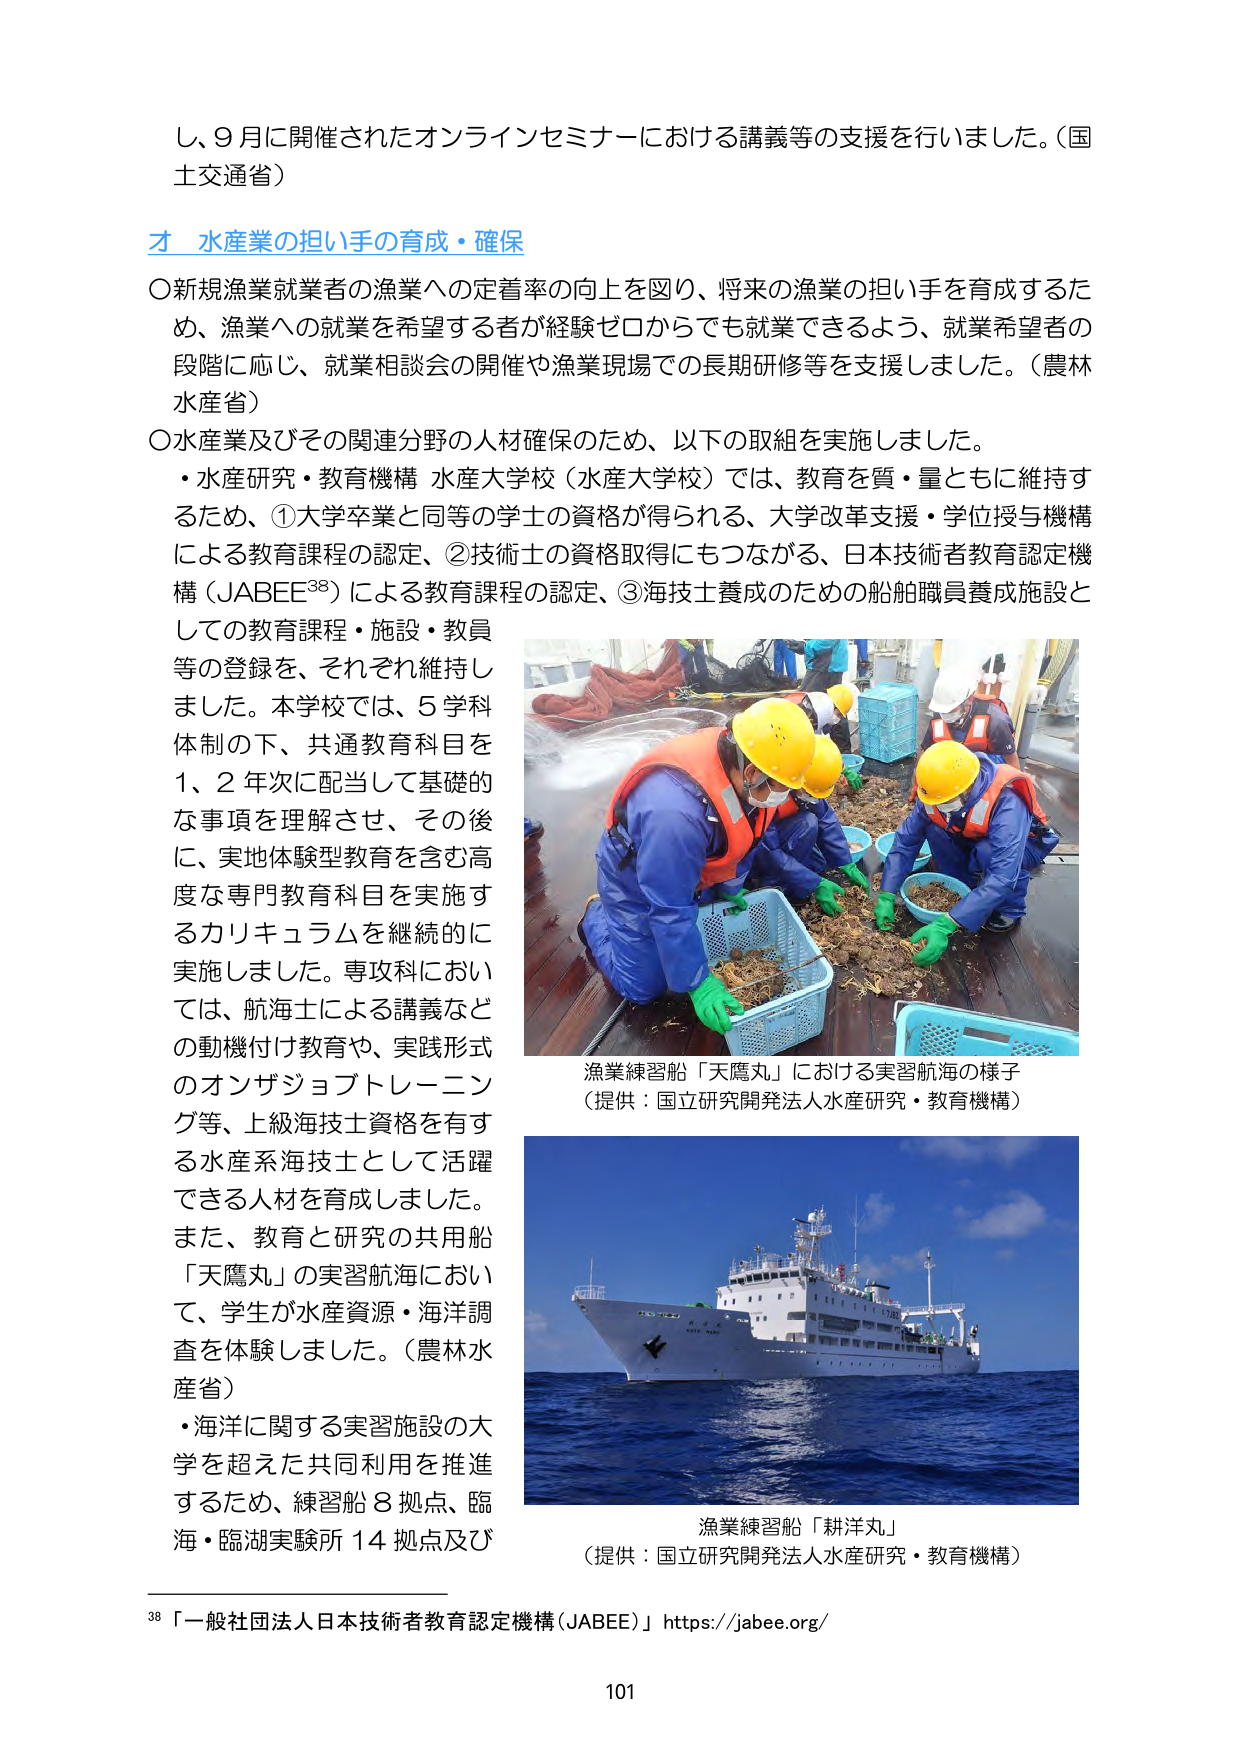
し、9月に開催されたオンラインセミナーにおける講義等の支援を行いました。（国土交通省）

才 水産業の担い手の育成・確保

〇新規漁業就業者の漁業への定着率の向上を図り、将来の漁業の担い手を育成するため、漁業への就業を希望する者が経験ゼロからでも就業できるよう、就業希望者の段階に応じ、就業相談会の開催や漁業現場での長期研修等を支援しました。（農林水産省）

〇水産業及びその関連分野の人材確保のため、以下の取組を実施しました。
・水産研究・教育機構 水産大学校（水産大学校）では、教育を質・量ともに維持するため、①大学卒業と同等の学士の資格が得られる、大学改革支援・学位授与機構による教育課程の認定、②技術士の資格取得にもつながる、日本技術者教育認定機構（JABEE³⁸）による教育課程の認定、③海技士養成のための船舶職員養成施設としての教育課程・施設・教員等の登録を、それぞれ維持しました。本学校では、5学科体制の下、共通教育科目を1、2年次に配当して基礎的な事項を理解させ、その後に、実地体験型教育を含む高度な専門教育科目を実施するカリキュラムを継続的に実施しました。専攻科においては、航海士による講義などの動機付け教育や、実践形式のオンザジョブトレーニング等、上級海技士資格を有する水産系海技士として活躍できる人材を育成しました。また、教育と研究の共用船「天鷹丸」の実習航海において、学生が水産資源・海洋調査を体験しました。（農林水産省）
・海洋に関する実習施設の大学を超えた共同利用を推進するため、練習船8拠点、臨海・臨湖実験所14拠点及び

漁業練習船「天鷹丸」における実習航海の様子
（提供：国立研究開発法人水産研究・教育機構）

漁業練習船「耕洋丸」
（提供：国立研究開発法人水産研究・教育機構）

³⁸「一般社団法人日本技術者教育認定機構（JABEE）」https://jabee.org/

101